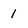
Character: 1